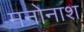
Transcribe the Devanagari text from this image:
मनोनाश